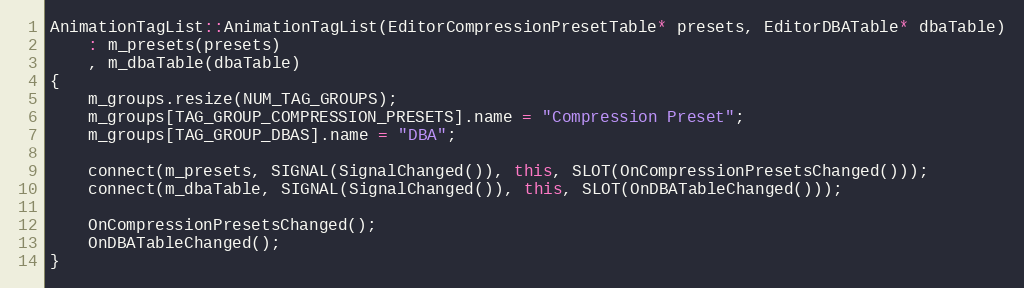
Language: C++
AnimationTagList::AnimationTagList(EditorCompressionPresetTable* presets, EditorDBATable* dbaTable)
	: m_presets(presets)
	, m_dbaTable(dbaTable)
{
	m_groups.resize(NUM_TAG_GROUPS);
	m_groups[TAG_GROUP_COMPRESSION_PRESETS].name = "Compression Preset";
	m_groups[TAG_GROUP_DBAS].name = "DBA";

	connect(m_presets, SIGNAL(SignalChanged()), this, SLOT(OnCompressionPresetsChanged()));
	connect(m_dbaTable, SIGNAL(SignalChanged()), this, SLOT(OnDBATableChanged()));

	OnCompressionPresetsChanged();
	OnDBATableChanged();
}